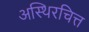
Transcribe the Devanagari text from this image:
अस्थिरचित्त